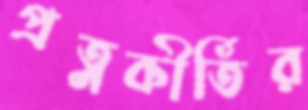
প্রত্নকীর্তির